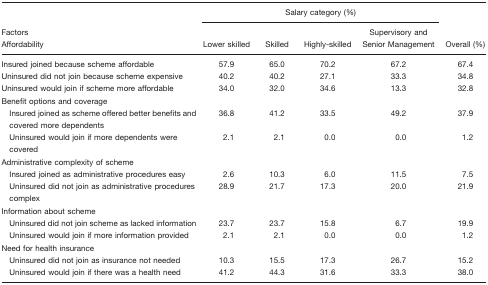
|  | <COLSPAN=4> Salary category (%) |  |
 | Factors Affordability | Lower skilled | Skilled | Highly-skilled | Supervisory and Senior Management | Overall(%) |
 | --- | --- | --- | --- | --- | --- |
 | Insured joined because scheme affordable | 57.9 | 65.0 | 70.2 | 67.2 | 67.4 |
 | Uninsured did not join because scheme expensive | 40.2 | 40.2 | 27.1 | 33.3 | 34.8 |
 | Uninsured would join if scheme more affordable | 34.0 | 32.0 | 34.6 | 13.3 | 32.8 |
 | <COLSPAN=6> Benefit options and coverage |
 | Insured joined as scheme offered better benefits and covered more dependents | 36.8 | 41.2 | 33.5 | 49.2 | 37.9 |
 | Uninsured would join if more dependents were covered | 2.1 | 2.1 | 0.0 | 0.0 | 1.2 |
 | <COLSPAN=6> Administrative complexity of scheme |
 | Insured joined as administrative procedures easy | 2.6 | 10.3 | 6.0 | 11.5 | 7.5 |
 | Uninsured did not join as administrative procedures complex | 28.9 | 21.7 | 17.3 | 20.0 | 21.9 |
 | <COLSPAN=6> Information about scheme |
 | Uninsured did not join scheme as lacked information | 23.7 | 23.7 | 15.8 | 6.7 | 19.9 |
 | Uninsured would join if more information provided | 2.1 | 2.1 | 0.0 | 0.0 | 1.2 |
 | <COLSPAN=6> Need for health insurance |
 | Uninsured did not join as insurance not needed | 10.3 | 15.5 | 17.3 | 26.7 | 15.2 |
 | Uninsured would join if there was a health need | 41.2 | 44.3 | 31.6 | 33.3 | 38.0 |